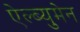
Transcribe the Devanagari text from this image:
ऐल्ब्युमेन